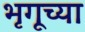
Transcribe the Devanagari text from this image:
भृगूच्या